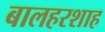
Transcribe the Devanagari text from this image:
बालहरशाह